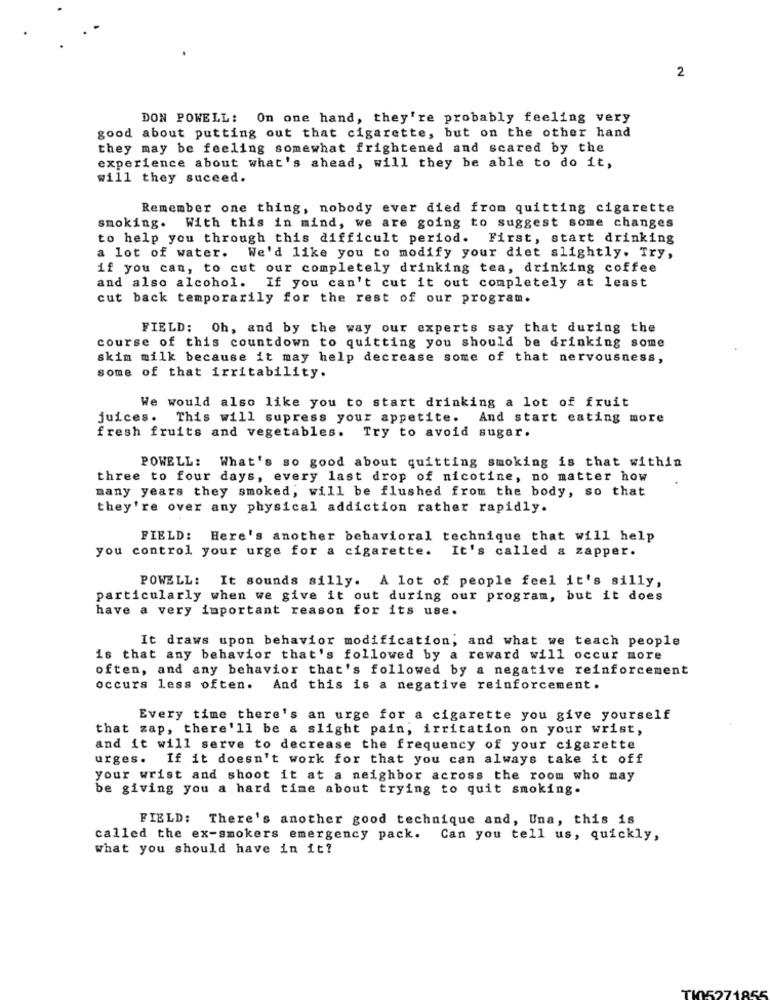
2
DON POWELL: On one hand, they're probably feeling very
good about putting out that cigarette, but on the other hand
they may be feeling somewhat frightened and scared by the
experience about what's ahead, will they be able to do it,
will they suceed.
Remember one thing, nobody ever died from quitting cigarette
smoking. With this in mind, we are going to suggest some changes
to help you through this difficult period. First, start drinking
a lot of water. We'd like you to modify your diet slightly. Try,
if you can, to cut our completely drinking tea, drinking coffee
and also alcohol. If you can't cut it out completely at least
cut back temporarily for the rest of our program.
FIELD: Oh, and by the way our experts say that during the
course of this countdown to quitting you should be drinking some
skim milk because it may help decrease some of that nervousness,
some of that irritability.
We would also like you to start drinking a lot of fruit
juices. This will supress your appetite. And start eating more
fresh fruits and vegetables. Try to avoid sugar.
POWELL: What's so good about quitting smoking is that within
three to four days, every last drop of nicotine, no matter how
many years they smoked, will be flushed from the body, so that
they're over any physical addiction rather rapidly.
FIELD: Here's another behavioral technique that will help
you control your urge for a cigarette. It's called a zapper.
POWELL: It sounds silly. A lot of people feel it's silly,
particularly when we give it out during our program, but it does
have a very important reason for its use.
It draws upon behavior modification; and what we teach people
is that any behavior that's followed by a reward will occur more
often, and any behavior that's followed by a negative reinforcement
occurs less often. And this is a negative reinforcement.
Every time there's an urge for a cigarette you give yourself
that zap, there'll be a slight pain, irritation on your wrist,
and it will serve to decrease the frequency of your cigarette
urges. If it doesn't work for that you can always take it off
your wrist and shoot it at a neighbor across the room who may
be giving you a hard time about trying to quit smoking.
FIELD: There's another good technique and, Una, this is
called the ex-smokers emergency pack. Can you tell us, quickly,
what you should have in it?
T1015271